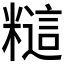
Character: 𰫎